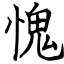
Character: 愧